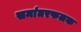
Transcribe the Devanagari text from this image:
समांतरफलक